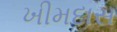
ખીમદાસ